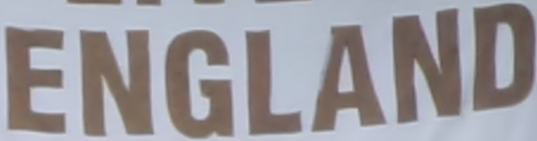
ENGLAND